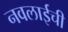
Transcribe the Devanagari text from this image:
नवलाईची